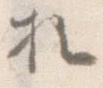
お